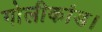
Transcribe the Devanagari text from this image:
गोलीकांड।